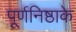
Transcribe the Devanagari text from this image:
पूर्णनिष्ठाके